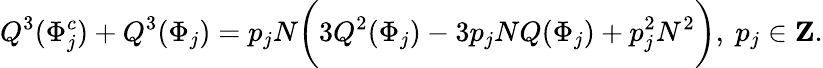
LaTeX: Q^{3}(\Phi_{j}^{c})+Q^{3}(\Phi_{j})=p_{j}N\bigg(3Q^{2}(\Phi_{j})-3p_{j}NQ(\Phi_{j})+p_{j}^{2}N^{2}\bigg),\ p_{j}\in{\mathbf Z}.